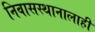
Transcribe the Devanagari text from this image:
निवासस्थानालाही